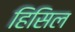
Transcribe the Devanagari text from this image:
हिसिल